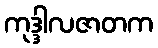
ကုဒ္ဒါလဇာတက